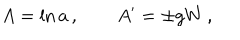
LaTeX: A = \ln a \, , \qquad A ^ { \prime } = \pm g W \, ,